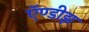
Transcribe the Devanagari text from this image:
ऍण्डीझ